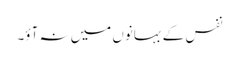
نفس کے بہانوں میں نہ آؤ۔